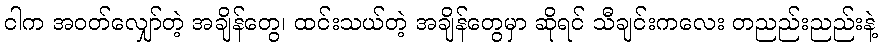
ငါက အဝတ်လျှော်တဲ့ အချိန်တွေ၊ ထင်းသယ်တဲ့ အချိန်တွေမှာ ဆိုရင် သီချင်းကလေး တညည်းညည်းနဲ့